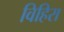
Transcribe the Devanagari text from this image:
विहिरा